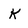
Character: K